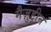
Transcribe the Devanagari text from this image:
मैज़ुद्दीन